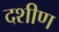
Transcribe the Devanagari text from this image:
दशीण